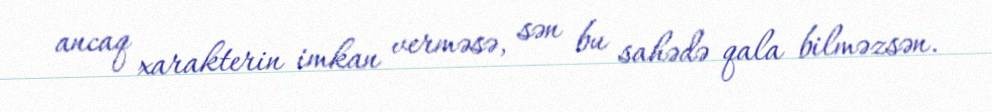
ancaq xarakterin imkan verməsə, sən bu sahədə qala bilməzsən.